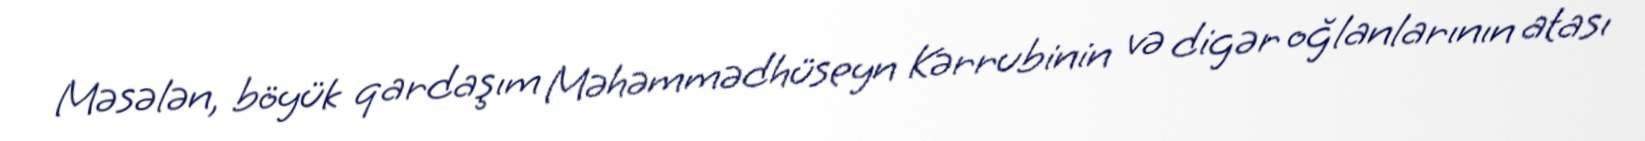
Məsələn, böyük qardaşım Məhəmmədhüseyn Kərrubinin və digər oğlanlarının atası